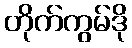
တိုက်ကွမ်ဒို